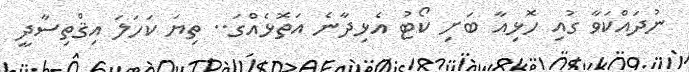
ނުދައްކަވާ ގުއި ހޮޅިއާ ބަށި ކޯޓު އެޅިދާނެ އަތޮޅެއްގަ.. ތިޔަ ކަހަލަ އިޤްތިސާދީ